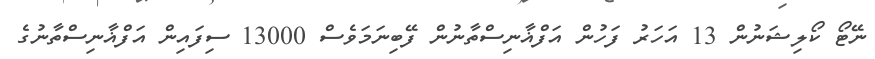
ނޭޓޯ ކޯލިޝަނުން 13 އަހަރު ފަހުން އަފްޣާނިސްތާނުން ފޭބިނަމަވެސް 13000 ސިފައިން އަފްޣާނިސްތާނުގެ